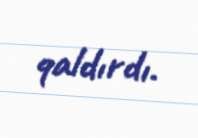
qaldırdı.